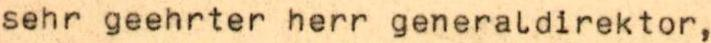
sehr geehrter herr generaldirektor,